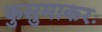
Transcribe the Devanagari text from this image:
कुसुमाकरः